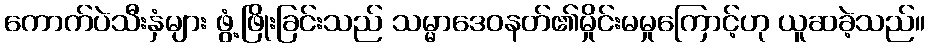
ကောက်ပဲသီးနှံများ ဖွံ့ဖြိုးခြင်းသည် သမ္မာဒေဝနတ်၏မှိုင်းမမှုကြောင့်ဟု ယူဆခဲ့သည်။